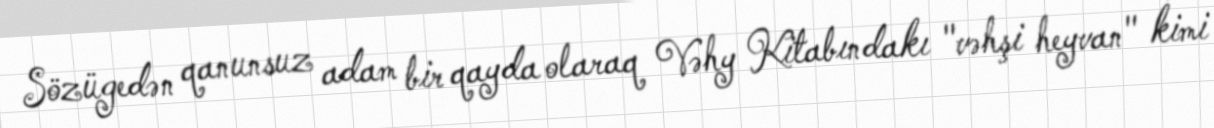
Sözügedən qanunsuz adam bir qayda olaraq Vəhy Kitabındakı "vəhşi heyvan" kimi